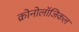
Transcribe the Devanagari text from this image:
क्रोनोलॉजिकल